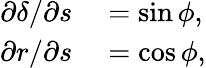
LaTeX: \begin{array}{rl}{{\partial\delta}/{\partial s}}&{{}=\sin\phi,}\\ {{\partial r}/{\partial s}}&{{}=\cos\phi,}\end{array}